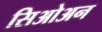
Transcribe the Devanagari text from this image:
सिओअन